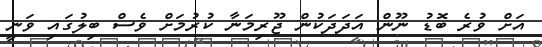
އަށް ވުރެ ބޮޑު ނޫން އަދަދަކުން ޖޫރިމަނާ ކުރުމަށް ވެސް ބިލުގައި ވަނީ